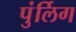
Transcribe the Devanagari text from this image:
पुंर्लिग